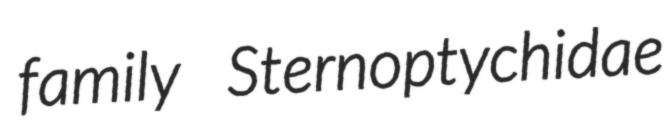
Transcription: family Sternoptychidae